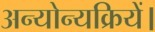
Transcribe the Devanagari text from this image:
अन्योन्यक्रियें।